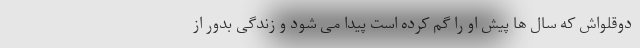
دوقلواش که سال ها پیش او را گم کرده است پیدا می شود و زندگی بدور از